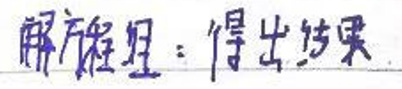
解方程组：得出结果。